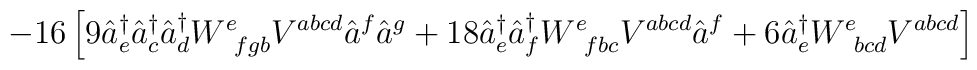
- 16 \left[ 9 \hat{a}^{\dagger}_e \hat{a}^{\dagger}_c  \hat{a}^{\dagger}_d W^e_{\;\;fgb} V^{abcd} \hat{a}^f \hat{a}^g + 18 \hat{a}^{\dagger}_e\hat{a}^{\dagger}_f   W^e_{\;\; fbc} V^{abcd} \hat{a}^f + 6\hat{a}^{\dagger}_e W^{e}_{\;\; bcd} V^{abcd} \right]